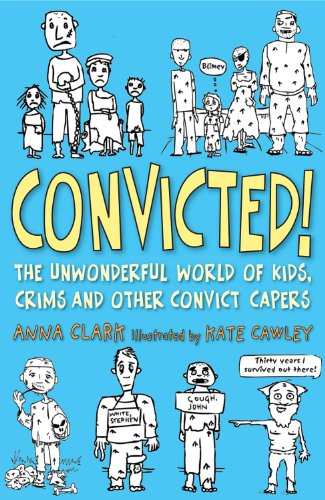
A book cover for Convicted!: The Unwonderful World of Kids, Crims and Other Convict Capers; Anna Clark; Children's Books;